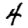
Digit: 4